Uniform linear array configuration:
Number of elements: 64
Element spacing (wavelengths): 0.25
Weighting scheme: kaiser
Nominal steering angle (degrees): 0
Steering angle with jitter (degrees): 0.1869
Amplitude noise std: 0.05
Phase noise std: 0.05

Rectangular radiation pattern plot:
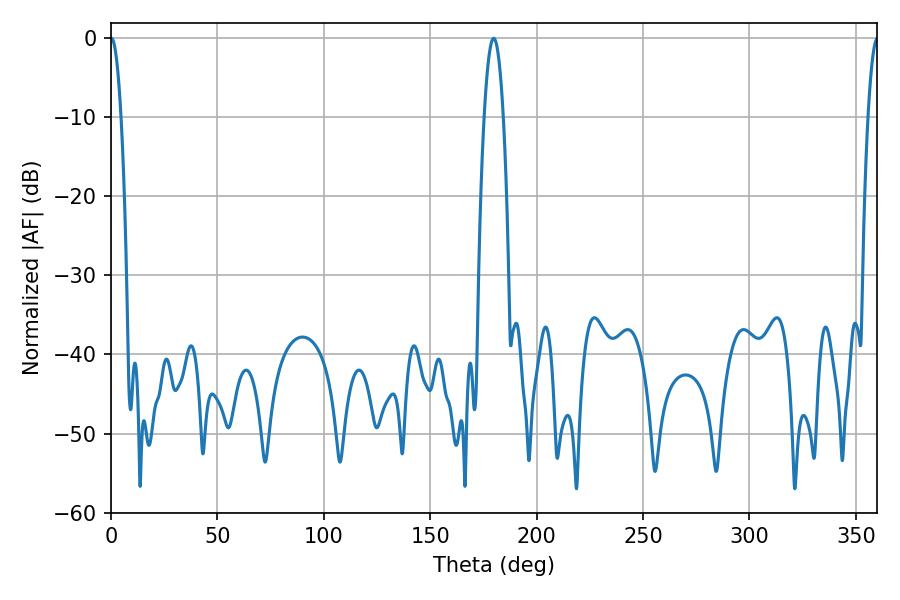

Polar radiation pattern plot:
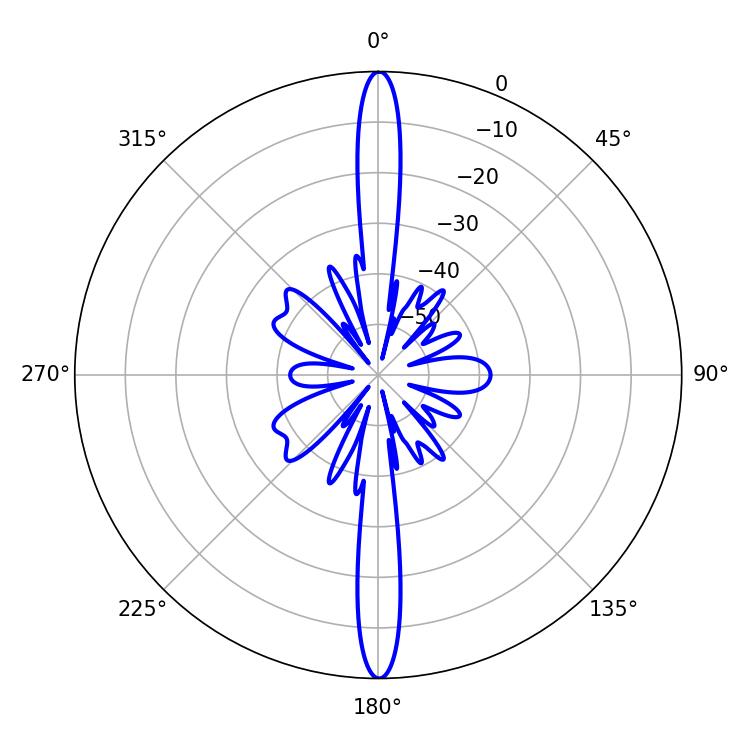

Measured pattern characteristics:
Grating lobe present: FALSE
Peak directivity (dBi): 35.831
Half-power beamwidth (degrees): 2.7
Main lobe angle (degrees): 0.18